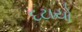
દટાયો